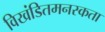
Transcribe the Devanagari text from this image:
विखंडितमनस्कता